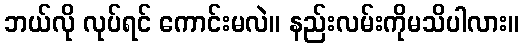
ဘယ်လို လုပ်ရင် ကောင်းမလဲ။ နည်းလမ်းကိုမသိပါလား။